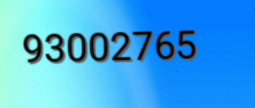
93002765